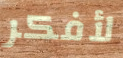
لأفكر